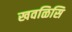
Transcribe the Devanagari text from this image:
खवळिसि